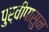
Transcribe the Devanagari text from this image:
पुर्वीपासुन